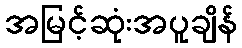
အမြင့်ဆုံးအပူချိန်